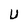
Character: U